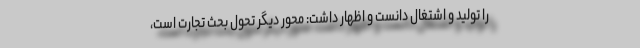
را تولید و اشتغال دانست و اظهار داشت: محور دیگر تحول بحث تجارت است،